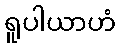
ရူပါယာဟံ